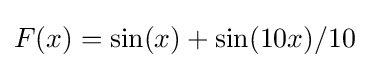
F(x)=\sin(x)+\sin(10x)/10